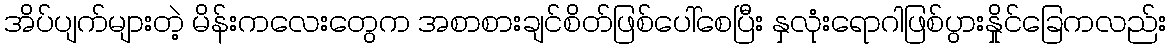
အိပ်ပျက်များတဲ့ မိန်းကလေးတွေက အစာစားချင်စိတ်ဖြစ်ပေါ်စေပြီး နှလုံးရောဂါဖြစ်ပွားနှိုင်ခြေကလည်း